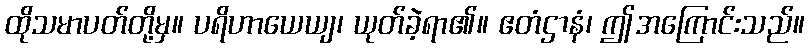
ထိုသမာပတ်တို့မှ။ ပရိဟာယေယျ၊ ယုတ်ခဲ့ရာ၏။ ဧတံဌာနံ၊ ဤအကြောင်းသည်။